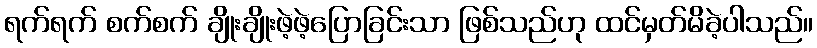
ရက်ရက် စက်စက် ချိုးချိုးဖဲ့ဖဲ့ပြောခြင်းသာ ဖြစ်သည်ဟု ထင်မှတ်မိခဲ့ပါသည်။